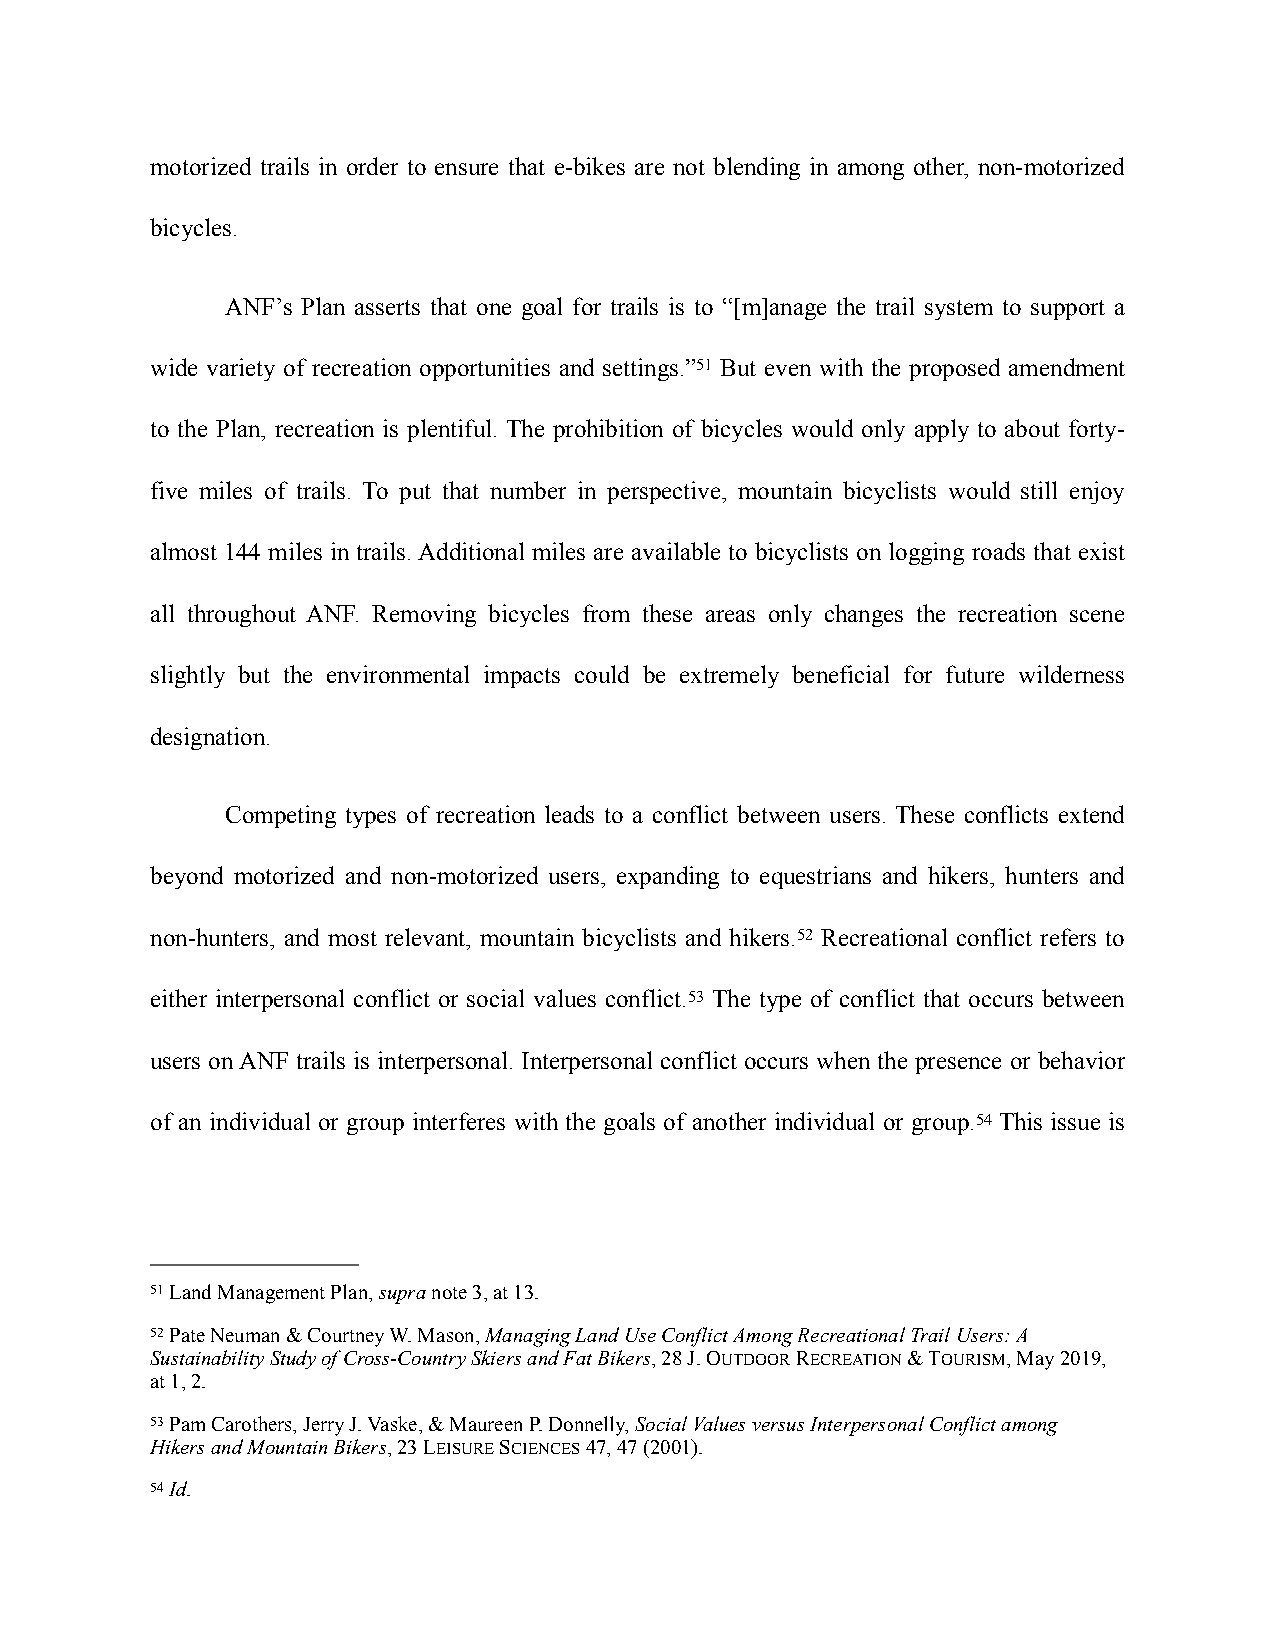
motorized trails in order to ensure that e-bikes are not blending in among other, non-motorized
 bicycles.
 ANF’s Plan asserts that one goal for trails is to “[m]anage the trail system to support a
 wide variety of recreation opportunities and settings.”51 But even with the proposed amendment
 to the Plan, recreation is plentiful. The prohibition of bicycles would only apply to about forty-
 five miles of trails. To put that number in perspective, mountain bicyclists would still enjoy
 almost 144 miles in trails. Additional miles are available to bicyclists on logging roads that exist
 all throughout ANF. Removing bicycles from these areas only changes the recreation scene
 slightly but the environmental impacts could be extremely beneficial for future wilderness
 designation.
 Competing types of recreation leads to a conflict between users. These conflicts extend
 beyond motorized and non-motorized users, expanding to equestrians and hikers, hunters and
 non-hunters, and most relevant, mountain bicyclists and hikers.52 Recreational conflict refers to
 either interpersonal conflict or social values conflict.53 The type of conflict that occurs between
 users on ANF trails is interpersonal. Interpersonal conflict occurs when the presence or behavior
 of an individual or group interferes with the goals of another individual or group.54 This issue is
 51 Land Management Plan, supra note 3, at 13.
 52 Pate Neuman & Courtney W. Mason, Managing Land Use Conflict Among Recreational Trail Users: A
 Sustainability Study of Cross-Country Skiers and Fat Bikers, 28 J. OUTDOOR RECREATION & TOURISM, May 2019,
 at 1, 2.
 53 Pam Carothers, Jerry J. Vaske, & Maureen P. Donnelly, Social Values versus Interpersonal Conflict among
 Hikers and Mountain Bikers, 23 LEISURE SCIENCES 47, 47 (2001).
 54 Id.